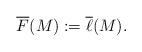
LaTeX: \begin{align*}\overline{F}(M):=\overline{\ell}(M).\end{align*}